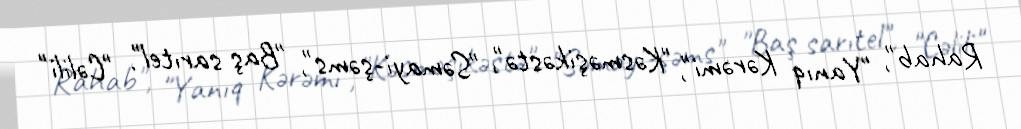
Rahab", "Yanıq Kərəmi", "Kəsməşikəstə", "Səmayi-şəms", "Baş sarıtel", "Cəlili"